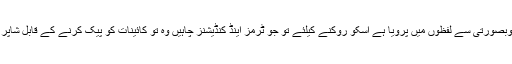
جس ناراضگي کو آپنے بڑی خوبصورتی سے لفظوں میں پرویا ہے اسکو روکنے کیلئے تو جو ٹرمز اینڈ کنڈیشنز چاہیں وہ تو کائینات کو پیک کرنے کے قابل شاپر بیگ پر بھی نہ لکھی جاسکیں ۔